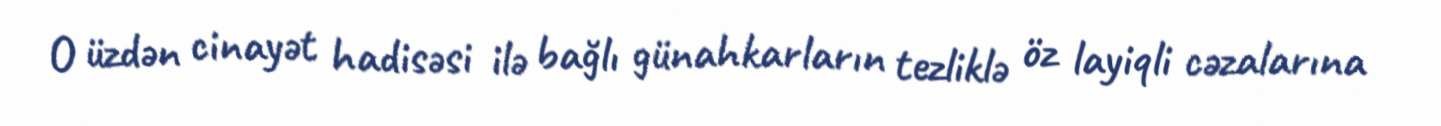
O üzdən cinayət hadisəsi ilə bağlı günahkarların tezliklə öz layiqli cəzalarına